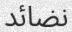
نضائد